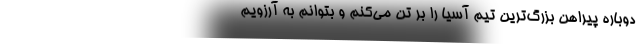
دوباره پیراهن بزرگ‌ترین تیم آسیا را بر تن می‌کنم و بتوانم به آرزویم